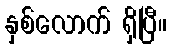
နှစ်လောက် ရှိပြီ။